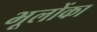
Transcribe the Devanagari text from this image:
भूलोंका